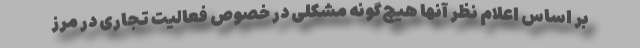
بر اساس اعلام نظر آنها هیچ‌گونه مشکلی در خصوص فعالیت تجاری در مرز